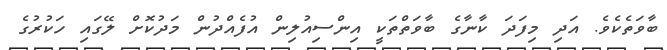
ބާވަތެކެވެ. އަދި މިފަދަ ކާނާގެ ބާވަތްތަކީ އިންސިއުލިން އުފެއްދުން މަދުކޮށް ލޭގައި ހަކުރުގެ